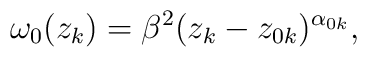
\omega_{0}(z_{k})=\beta^{2}(z_{k}-z_{0k})^{\alpha_{0k}},